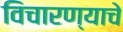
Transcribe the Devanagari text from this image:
विचारण्याचे